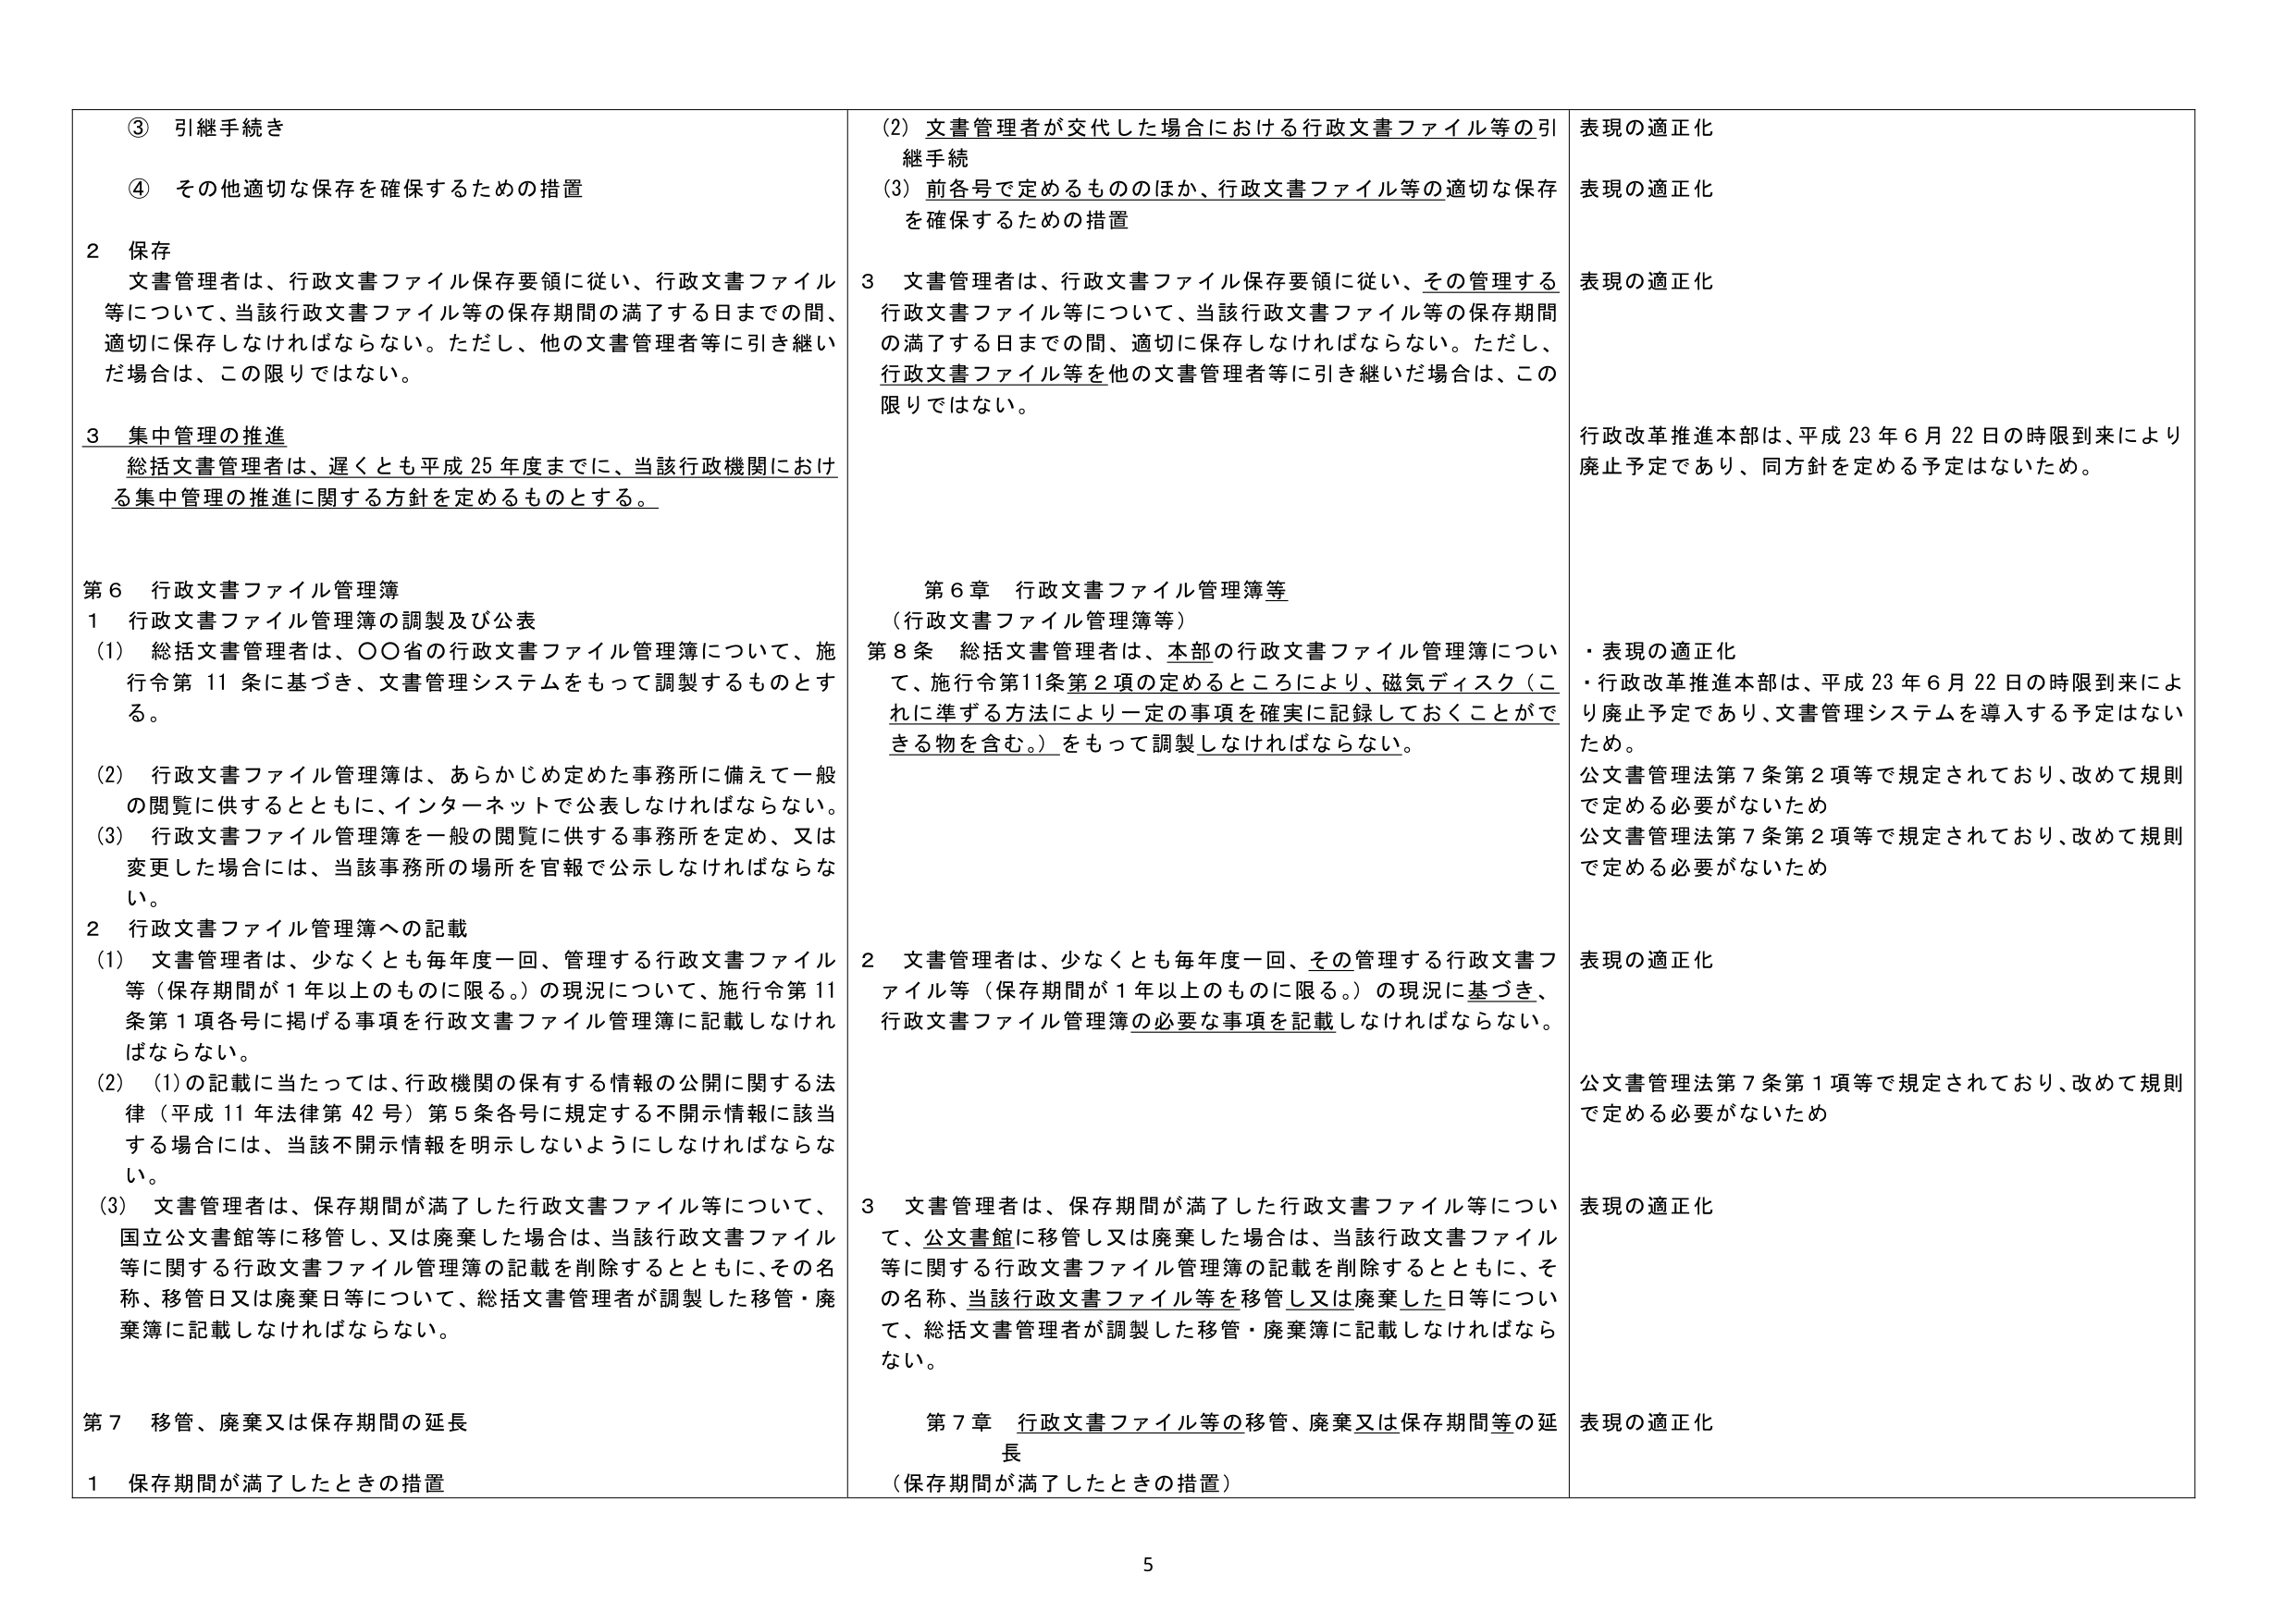
③ 引継手続き
④ その他適切な保存を確保するための措置

2 保存
文書管理者は、行政文書ファイル保存要領に従い、行政文書ファイル等について、当該行政文書ファイル等の保存期間の満了する日までの間、適切に保存しなければならない。ただし、他の文書管理者等に引き継いだ場合は、この限りではない。

3 集中管理の推進
総括文書管理者は、遅くとも平成25年度までに、当該行政機関における集中管理の推進に関する方針を定めるものとする。

第6 行政文書ファイル管理簿
1 行政文書ファイル管理簿の調製及び公表
(1) 総括文書管理者は、○○省の行政文書ファイル管理簿について、施行令第11条に基づき、文書管理システムをもって調製するものとする。
(2) 行政文書ファイル管理簿は、あらかじめ定めた事務所に備えて一般の閲覧に供するとともに、インターネットで公表しなければならない。
(3) 行政文書ファイル管理簿を一般の閲覧に供する事務所を定め、又は変更した場合には、当該事務所の場所を官報で公示しなければならない。

2 行政文書ファイル管理簿への記載
(1) 文書管理者は、少なくとも毎年度一回、管理する行政文書ファイル等（保存期間が1年以上のものに限る。）の現況について、施行令第11条第1項各号に掲げる事項を行政文書ファイル管理簿に記載しなければならない。
(2) (1)の記載に当たっては、行政機関の保有する情報の公開に関する法律（平成11年法律第42号）第5条各号に規定する不開示情報に該当する場合には、当該不開示情報を明示しないようにしなければならない。
(3) 文書管理者は、保存期間が満了した行政文書ファイル等について、国立公文書館等に移管し、又は廃棄した場合は、当該行政文書ファイル等に関する行政文書ファイル管理簿の記載を削除するとともに、その名称、移管日又は廃棄日等について、総括文書管理者が調製した移管・廃棄簿に記載しなければならない。

第7 移管、廃棄又は保存期間の延長
1 保存期間が満了したときの措置

(2) 文書管理者が交代した場合における行政文書ファイル等の引継手続き
(3) 前各号で定めるもののほか、行政文書ファイル等の適切な保存を確保するための措置

3 文書管理者は、行政文書ファイル保存要領に従い、その管理する行政文書ファイル等について、当該行政文書ファイル等の保存期間の満了する日までの間、適切に保存しなければならない。ただし、行政文書ファイル等を他の文書管理者等に引き継いだ場合は、この限りではない。

第6章 行政文書ファイル管理簿等
（行政文書ファイル管理簿等）
第8条 総括文書管理者は、本部の行政文書ファイル管理簿について、施行令第11条第2項の定めるところにより、磁気ディスク（これに準ずる方法により一定の事項を確実に記録しておくことができる物を含む。）をもって調製しなければならない。

2 文書管理者は、少なくとも毎年度一回、その管理する行政文書ファイル等（保存期間が1年以上のものに限る。）の現況に基づき、行政文書ファイル管理簿の必要な事項を記載しなければならない。

3 文書管理者は、保存期間が満了した行政文書ファイル等について、公文書館に移管し又は廃棄した場合は、当該行政文書ファイル等に関する行政文書ファイル管理簿の記載を削除するとともに、その名称、当該行政文書ファイル等を移管し又は廃棄した日等について、総括文書管理者が調製した移管・廃棄簿に記載しなければならない。

第7章 行政文書ファイル等の移管、廃棄又は保存期間等の延長
（保存期間が満了したときの措置）

表現の適正化
表現の適正化
表現の適正化
行政改革推進本部は、平成23年6月22日の時限到来により廃止予定であり、同方針を定める予定はないため。

・表現の適正化
・行政改革推進本部は、平成23年6月22日の時限到来により廃止予定であり、文書管理システムを導入する予定はないため。
公文書管理法第7条第2項等で規定されており、改めて規則で定める必要がないため
公文書管理法第7条第2項等で規定されており、改めて規則で定める必要がないため

表現の適正化
公文書管理法第7条第1項等で規定されており、改めて規則で定める必要がないため

表現の適正化
表現の適正化

5